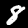
Label: 8